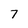
Character: 7